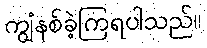
ကျွံနစ်ခဲ့ကြရပါသည်။